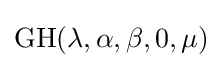
\mathrm {GH} (\lambda ,\alpha ,\beta ,0,\mu )